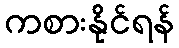
ကစားနိုင်ရန်